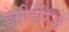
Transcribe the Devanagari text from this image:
डेसीडेरिओ